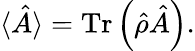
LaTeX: \langle\hat{A}\rangle=\textrm{Tr}\left(\hat{\rho}\hat{A}\right).